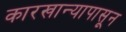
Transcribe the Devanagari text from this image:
कारखान्यापासून